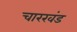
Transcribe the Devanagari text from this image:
चारखंड